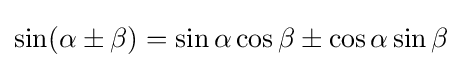
\sin(\alpha \pm \beta )=\sin \alpha \cos \beta \pm \cos \alpha \sin \beta